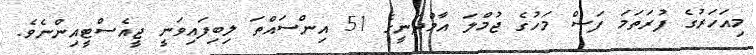
މިއަހަރުގެ ފުރަތަމަ ފަސް މަހުގެ ޖުމްލަ އާމްދަނީގެ 51 އިންސައްތަ ލިބިފައިވަނީ ޖީއެސްޓީއިންނެވެ.